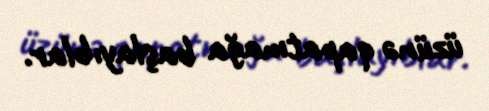
üzünə qapatmağa başlayıblar.